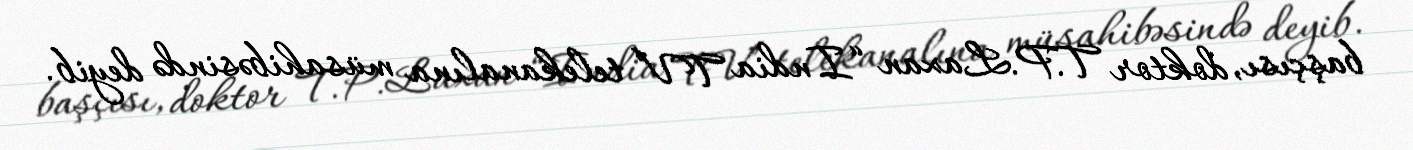
başçısı, doktor T.P.Laxan “India TV” telekanalına müsahibəsində deyib.